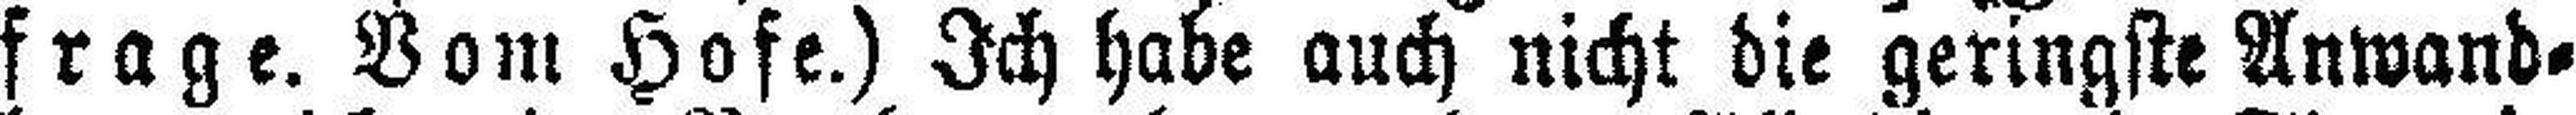
frage. Vom Hofe.) Ich habe auch nicht die geringste Anwand¬